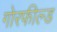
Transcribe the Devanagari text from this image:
गोरफील्ड